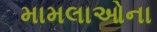
મામલાઓના